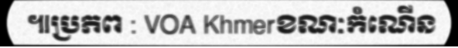
៕ប្រភព : VOA Khmerខណៈកំណើន